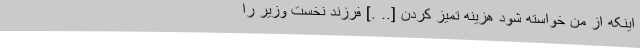
اینکه از من خواسته شود هزینه تمیز کردن [.. .] فرزند نخست وزیر را